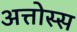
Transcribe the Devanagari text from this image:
अत्तोस्स